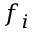
f _ { i }